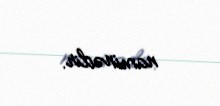
naminədir.